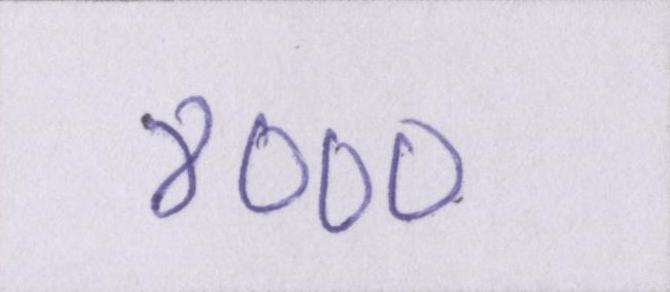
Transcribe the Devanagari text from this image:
४०००